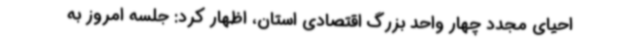
احیای مجدد چهار واحد بزرگ اقتصادی استان، اظهار کرد: جلسه امروز به